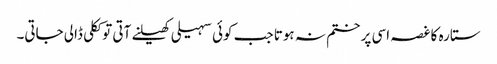
ستارہ کا غصہ اسی پر ختم نہ ہوتا جب کوئی سہیلی کھیلنے آتی تو ککلی ڈالی جاتی۔